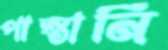
পাস্তানি